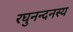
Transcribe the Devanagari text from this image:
रघुनन्दनस्य